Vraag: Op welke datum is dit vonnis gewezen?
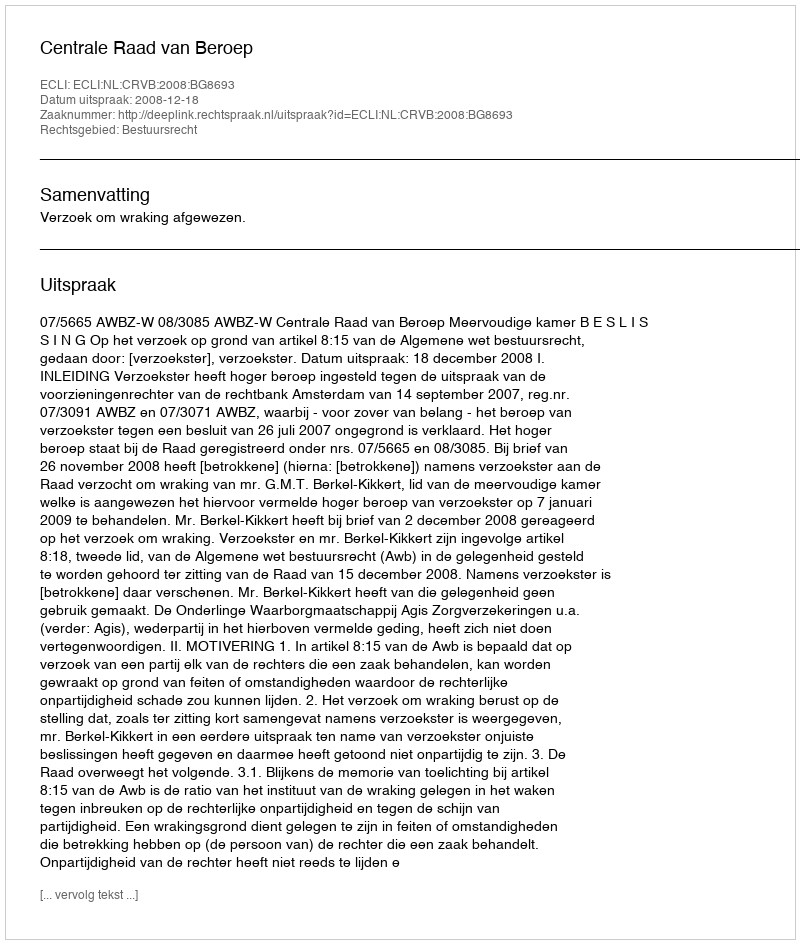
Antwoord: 2008-12-18